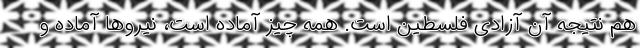
هم نتیجه آن آزادی فلسطین است. همه چیز آماده است، نیروها آماده‌ و